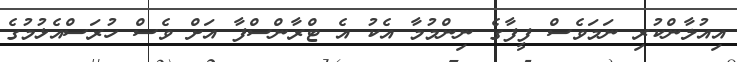
އިއުލާންކުރި ނަމަވެސް ފީފާގެ ނިންމުމާ އެކު އެ ޓްރާންސްފާ އަށް ވެސް ހުރަސްއެޅުމުގެ